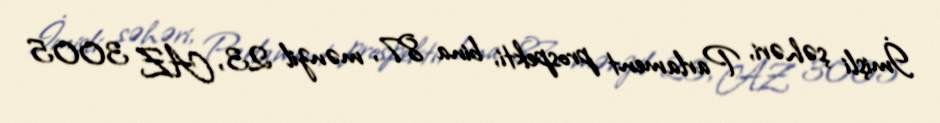
İmişli şəhəri, Parlament prospekti, bina 87, mənzil 23, AZ 3005